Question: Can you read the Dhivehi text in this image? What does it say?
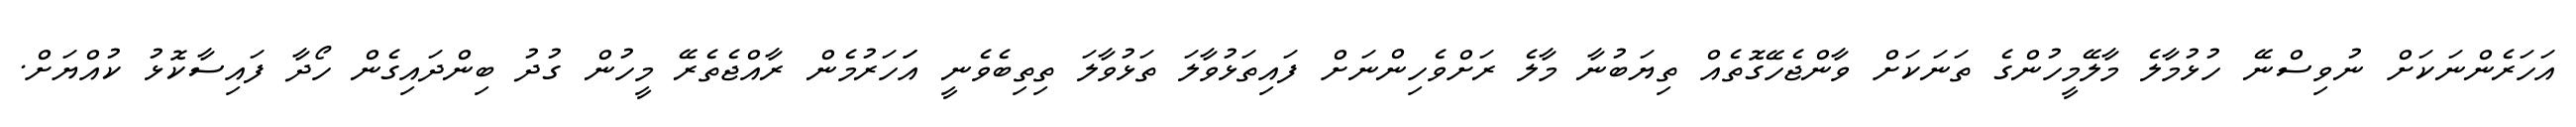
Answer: އަހަރެންނަކަށް ނުވިސްނޭ ހުޅުމާލެ މާލޭމީހުންގެ ތަނަކަށް ވާންޖެހޭގޮތެއް ތިޔަބުނާ މާލެ ރަށްވެހިންނަށް ފައިތަޅުވާލަ ތަޅުވާލަ ތިތިބެވެނީ އަަހަރުމެން ރާއްޖެތެރޭ މީހުން ގުދު ބިންދައިގެން ހޯދާ ފައިސާކޮޅު ކުއްޔަށް.